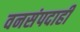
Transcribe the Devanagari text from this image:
वनसंपदाही